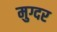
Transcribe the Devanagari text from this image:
मुग्दर